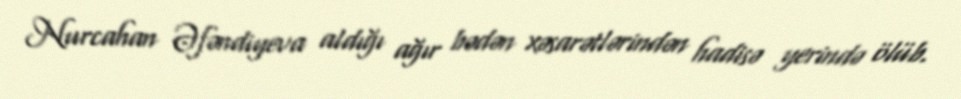
Nurcahan Əfəndiyeva aldığı ağır bədən xəsarətlərindən hadisə yerində ölüb.